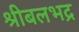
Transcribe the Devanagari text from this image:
श्रीबलभद्र